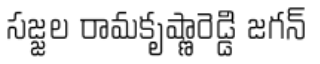
సజ్జల రామకృష్ణారెడ్డి జగన్